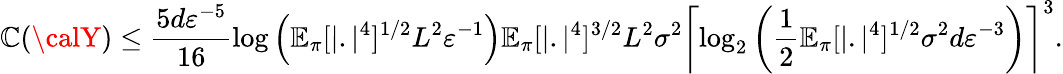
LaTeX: {\cal\mathbb{C}}({\calY})\le\frac{{5d\varepsilon^{-5}}}{{16}}\log\left(\mathbb{{E}}_{\pi}[|.|^{4}]^{1/2}L^{2}\varepsilon^{-1}\right)\mathbb{{E}}_{\pi}[|.|^{4}]^{3/2}L^{2}\sigma^{2}\left\lceil\log_{2}\left(\frac{{1}}{{2}}\mathbb{{E}}_{\pi}[|.|^{4}]^{1/2}\sigma^{2}d\varepsilon^{-3}\right)\right\rceil^{3}.